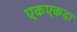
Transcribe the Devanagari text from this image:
एकएकदा